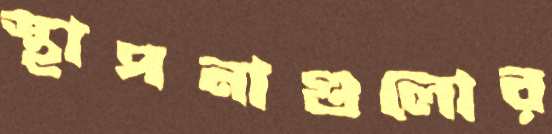
স্থাপনাগুলোর